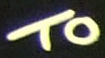
TO